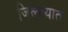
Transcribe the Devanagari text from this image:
जिल्‍हयात